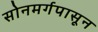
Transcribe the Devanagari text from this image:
सोनमर्गपासून